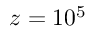
z = 1 0 ^ { 5 }